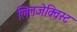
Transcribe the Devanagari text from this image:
लिलजेक्विस्ट